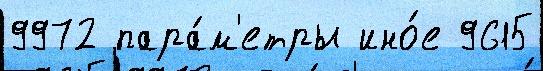
9972 пара́м'етры ино́е 9615